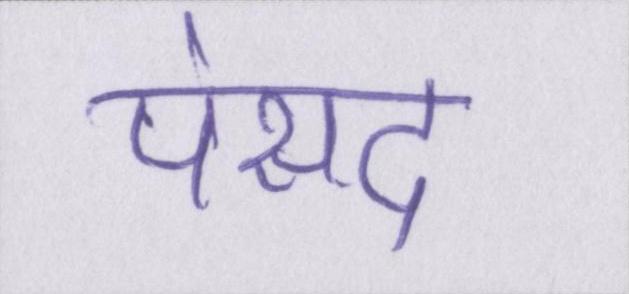
पंसद